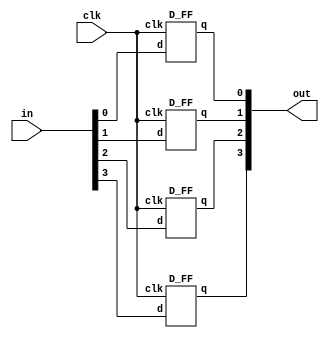
module parallel_register_4bit(
	input [3:0] in,
	input clk,
	output [3:0] out
);

	D_FF d1(clk, in[0], out[0]);
	D_FF d2(clk, in[1], out[1]);
	D_FF d3(clk, in[2], out[2]);
	D_FF d4(clk, in[3], out[3]);

endmodule

module D_FF(
	input clk,
	input d,
	output reg q
);

	always @(posedge clk) begin
	
		q = d;
	
	end 

endmodule